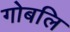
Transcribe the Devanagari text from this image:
गोबलि